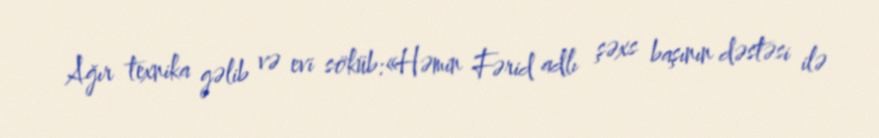
Ağır texnika gəlib və evi söküb:«Həmin Fərid adlı şəxs başının dəstəsi ilə